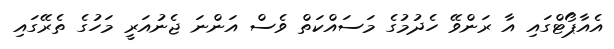
އެއާޕޯޓްގައި އާ ރަންވޭ ހެދުމުގެ މަސައްކަތް ވެސް އަންނަ ޖެނުއަރީ މަހުގެ ތެރޭގައި